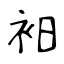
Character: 衵